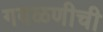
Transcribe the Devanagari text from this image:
गवळणीची